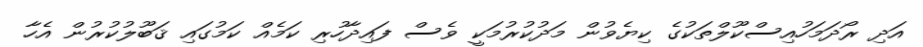
އަދި ރޯދަމަހުއިސްކޫލްތަކުގެ ކިޔެވުން މަދުކުރުމަކީ ވެސް ފައިދާހުރި ކަމެއް ކަމުގައި ޤަބޫލުކުރުން އެހާ